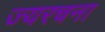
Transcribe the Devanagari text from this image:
ज्यरचना